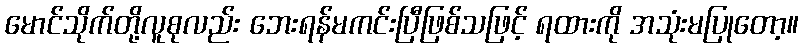
မောင်သိုက်တို့လူစုလည်း ဘေးရန်မကင်းပြီဖြစ်သဖြင့် ရထားကို အသုံးမပြုတော့။